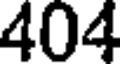
404